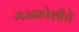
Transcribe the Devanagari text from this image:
मज्जापेशीचे